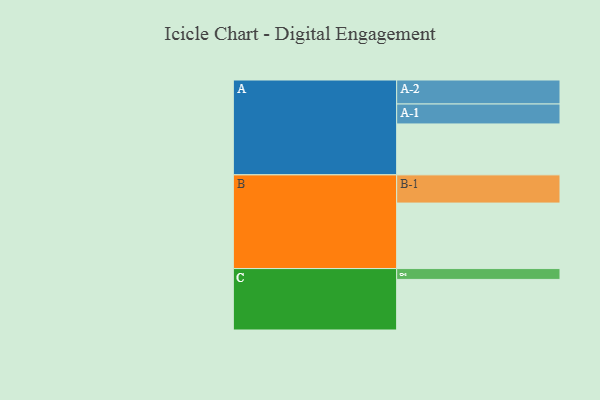
{"axis": {"x": "Segment", "y": "Value"}, "legend": ["", "A", "B", "C"], "data": [{"x": "A", "y": 437, "type": ""}, {"x": "B", "y": 562, "type": ""}, {"x": "C", "y": 434, "type": ""}, {"x": "A-1", "y": 171, "type": "A"}, {"x": "A-2", "y": 206, "type": "A"}, {"x": "B-1", "y": 242, "type": "B"}, {"x": "C-1", "y": 93, "type": "C"}]}